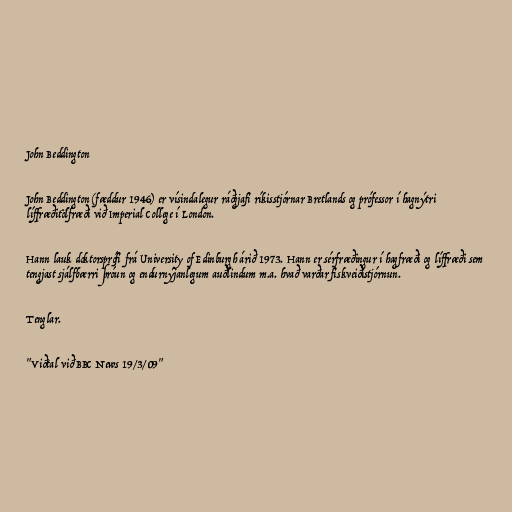
John Beddington

John Beddington (fæddur 1946) er vísindalegur ráðgjafi ríkisstjórnar Bretlands og prófessor í hagnýtri
líffræðitölfræði við Imperial College í London.

Hann lauk doktorsprófi frá University of Edinburgh árið 1973. Hann er sérfræðingur í hagfræði og líffræði sem
tengjast sjálfbærri þróun og endurnýjanlegum auðlindum m.a. hvað varðar fiskveiðistjórnun.

Tenglar.

"Viðtal við BBC News 19/3/09"